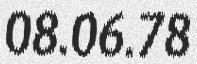
08.06.78